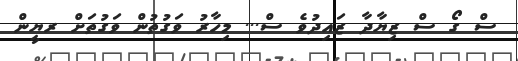
ސް ގޯ ސް ޒިޔާދާ ޒައިދުވެ ސް... މިހާރު ވަގުތުން ވަގުތަށް ރޔީން